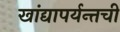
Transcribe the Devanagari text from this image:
खांद्यापर्यन्तची